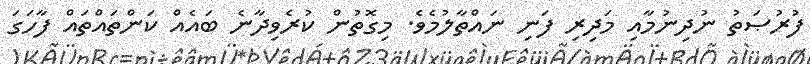
ފުރުޞަތު ނުދިނުމާއި މަދިރި ފަނި ނައްތާލުމެވެ. މިގޮތުން ކުރެވިދާނެ ބައެއް ކަންތައްތައް ފާހަގަ